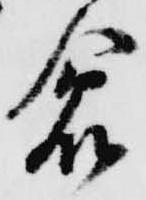
倉